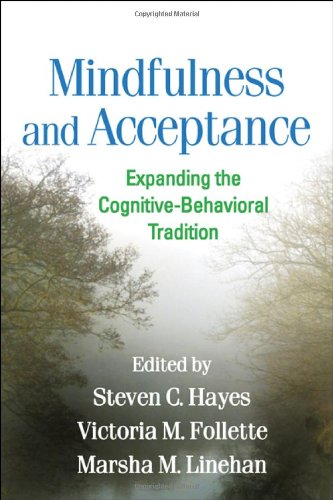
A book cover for Mindfulness and Acceptance: Expanding the Cognitive-Behavioral Tradition; Medical Books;